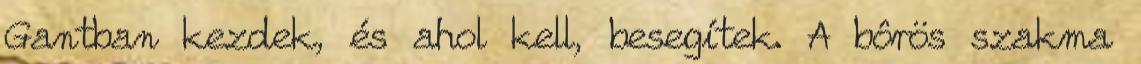
Gantban kezdek, és ahol kell, besegítek. A bôrös szakma